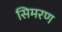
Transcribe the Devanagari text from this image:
सिमरण